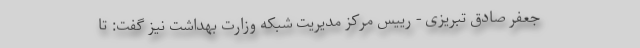
جعفر صادق تبریزی - رییس مرکز مدیریت شبکه وزارت بهداشت نیز گفت: تا